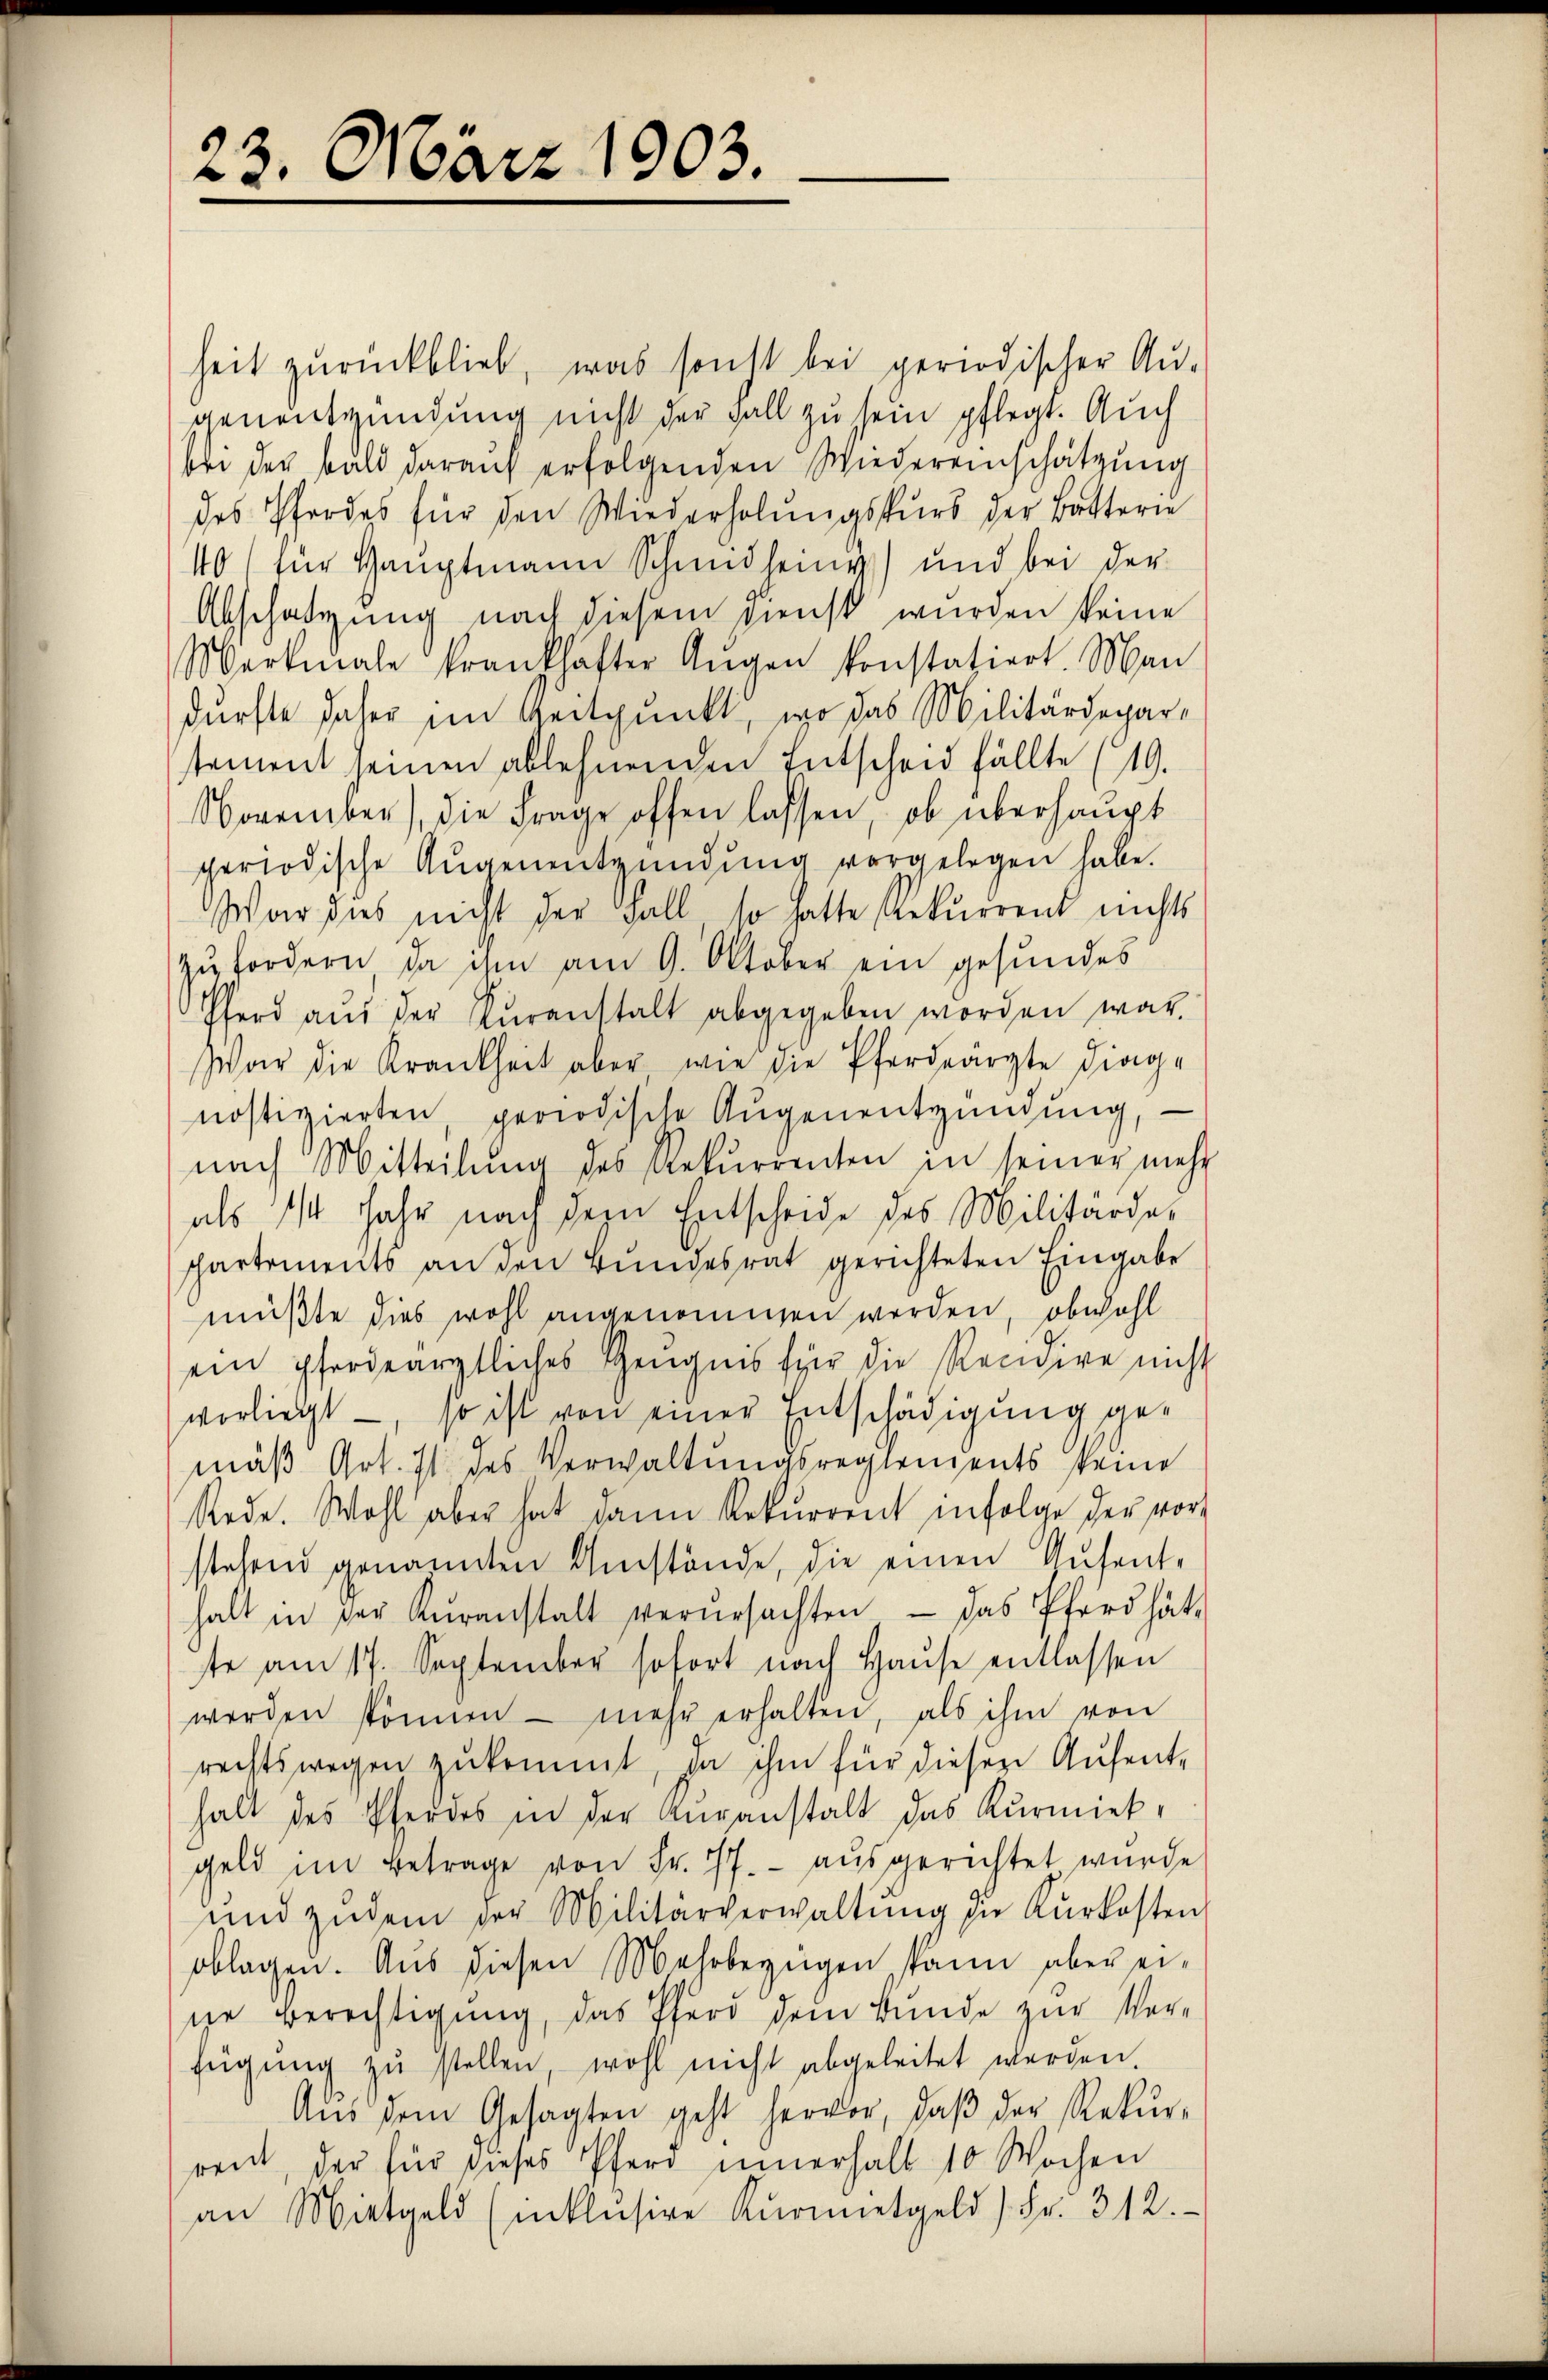
23. März 1903.

heit zurückblieb, was sonst bei periodischer Au-
genentzündung nicht der Fall zu sein pflegt. Auch
bei der bald darauf erfolgenden Wiedereinschätzung
des Pfordes für den Wiederholungskurs der Batterie
40 (für Hauptmann Schmidhein) und bei der
Abschatzung nach diesem Dienst wurden keine
Merkmale frankhafter Aŭgen konstatiert. Man
durfte daher im Zeitpunkt, wo das Militärdepartament seinen ablehnenden Entscheid fällte (19.
November), die Frage offen lassen, ob überhaupt
periodische Aŭgenentzündŭng vorgelegen habe.
War dies nicht der Fall so hatte Rekurrent nichts
zufordern, da ihm am 9. Oktober ein gesundes
Pferd aŭs der Veranstalt abgegeben worden war.
War die Krankheit aber wie die Pferdeärzte dingnostizierten periodische Augenentzündung,
nach Mitteilŭng des Rekurrenten in seiner mehr
als 1/4 Jahr nach dem Entscheide des Militärder
schartements an den Bundesrat gerichteten Eingabe
müßte dies wohl angenommen werden, obwohl
ein pferdearztliches Zeugnis für die Recidire nicht
vorliegt —, so ist von einer Entschädigung gemäß Art. 11 des Verwaltungsreglendents keine
Rede. Wohl aber hat dann Rekurrent infolge der vor-
stehend genannten Umstände, die einen Gusent-
halt in der Kŭranstalt verŭrsachten - das Pferd hät-
ste am 17. September sofort nach Haŭse entlassen
werden können - mehr erhalten, als ihm von
rechtswegen zukommt, da ihm für diesen Aufent-
halt des Pferdes in der Kuranstalt das Kurmiek,
geld im Betrage von Fr. 77.- ausgerichtet wurde
und zudem der Militärverwaltŭng die Kurkosten
oblagen. Aus diesen Mehrbezügen kann aber ei-
se Berechtigung, das Pferd dem Bunde zur Ver-
fügŭng zŭ stellen, wohl nicht abgeleitet werden.
Aŭs dem Gesagten geht hervor, daβ der Rekŭr-
ren, der für dieses Pferd innerhalt 10 Wochen
an Mietgeld (inklusive Kŭrmietgeld 1 Fr. 312.